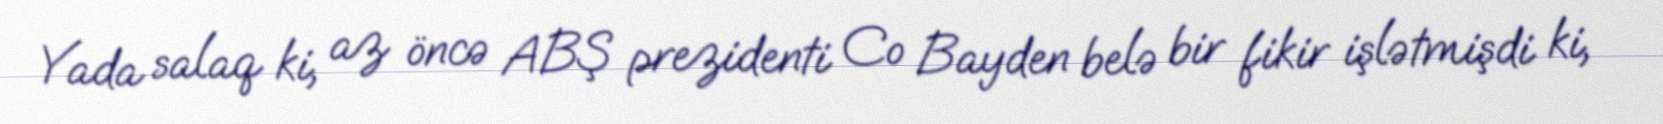
Yada salaq ki, az öncə ABŞ prezidenti Co Bayden belə bir fikir işlətmişdi ki,